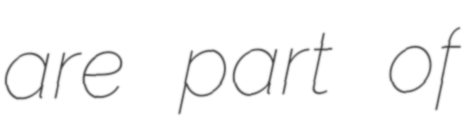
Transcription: are part of